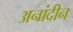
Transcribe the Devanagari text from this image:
अनांदीन